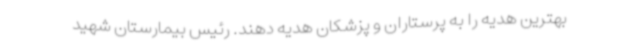
بهترین هدیه را به پرستاران و پزشکان هدیه دهند. رئیس بیمارستان شهید